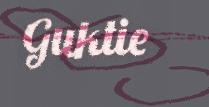
Guktie